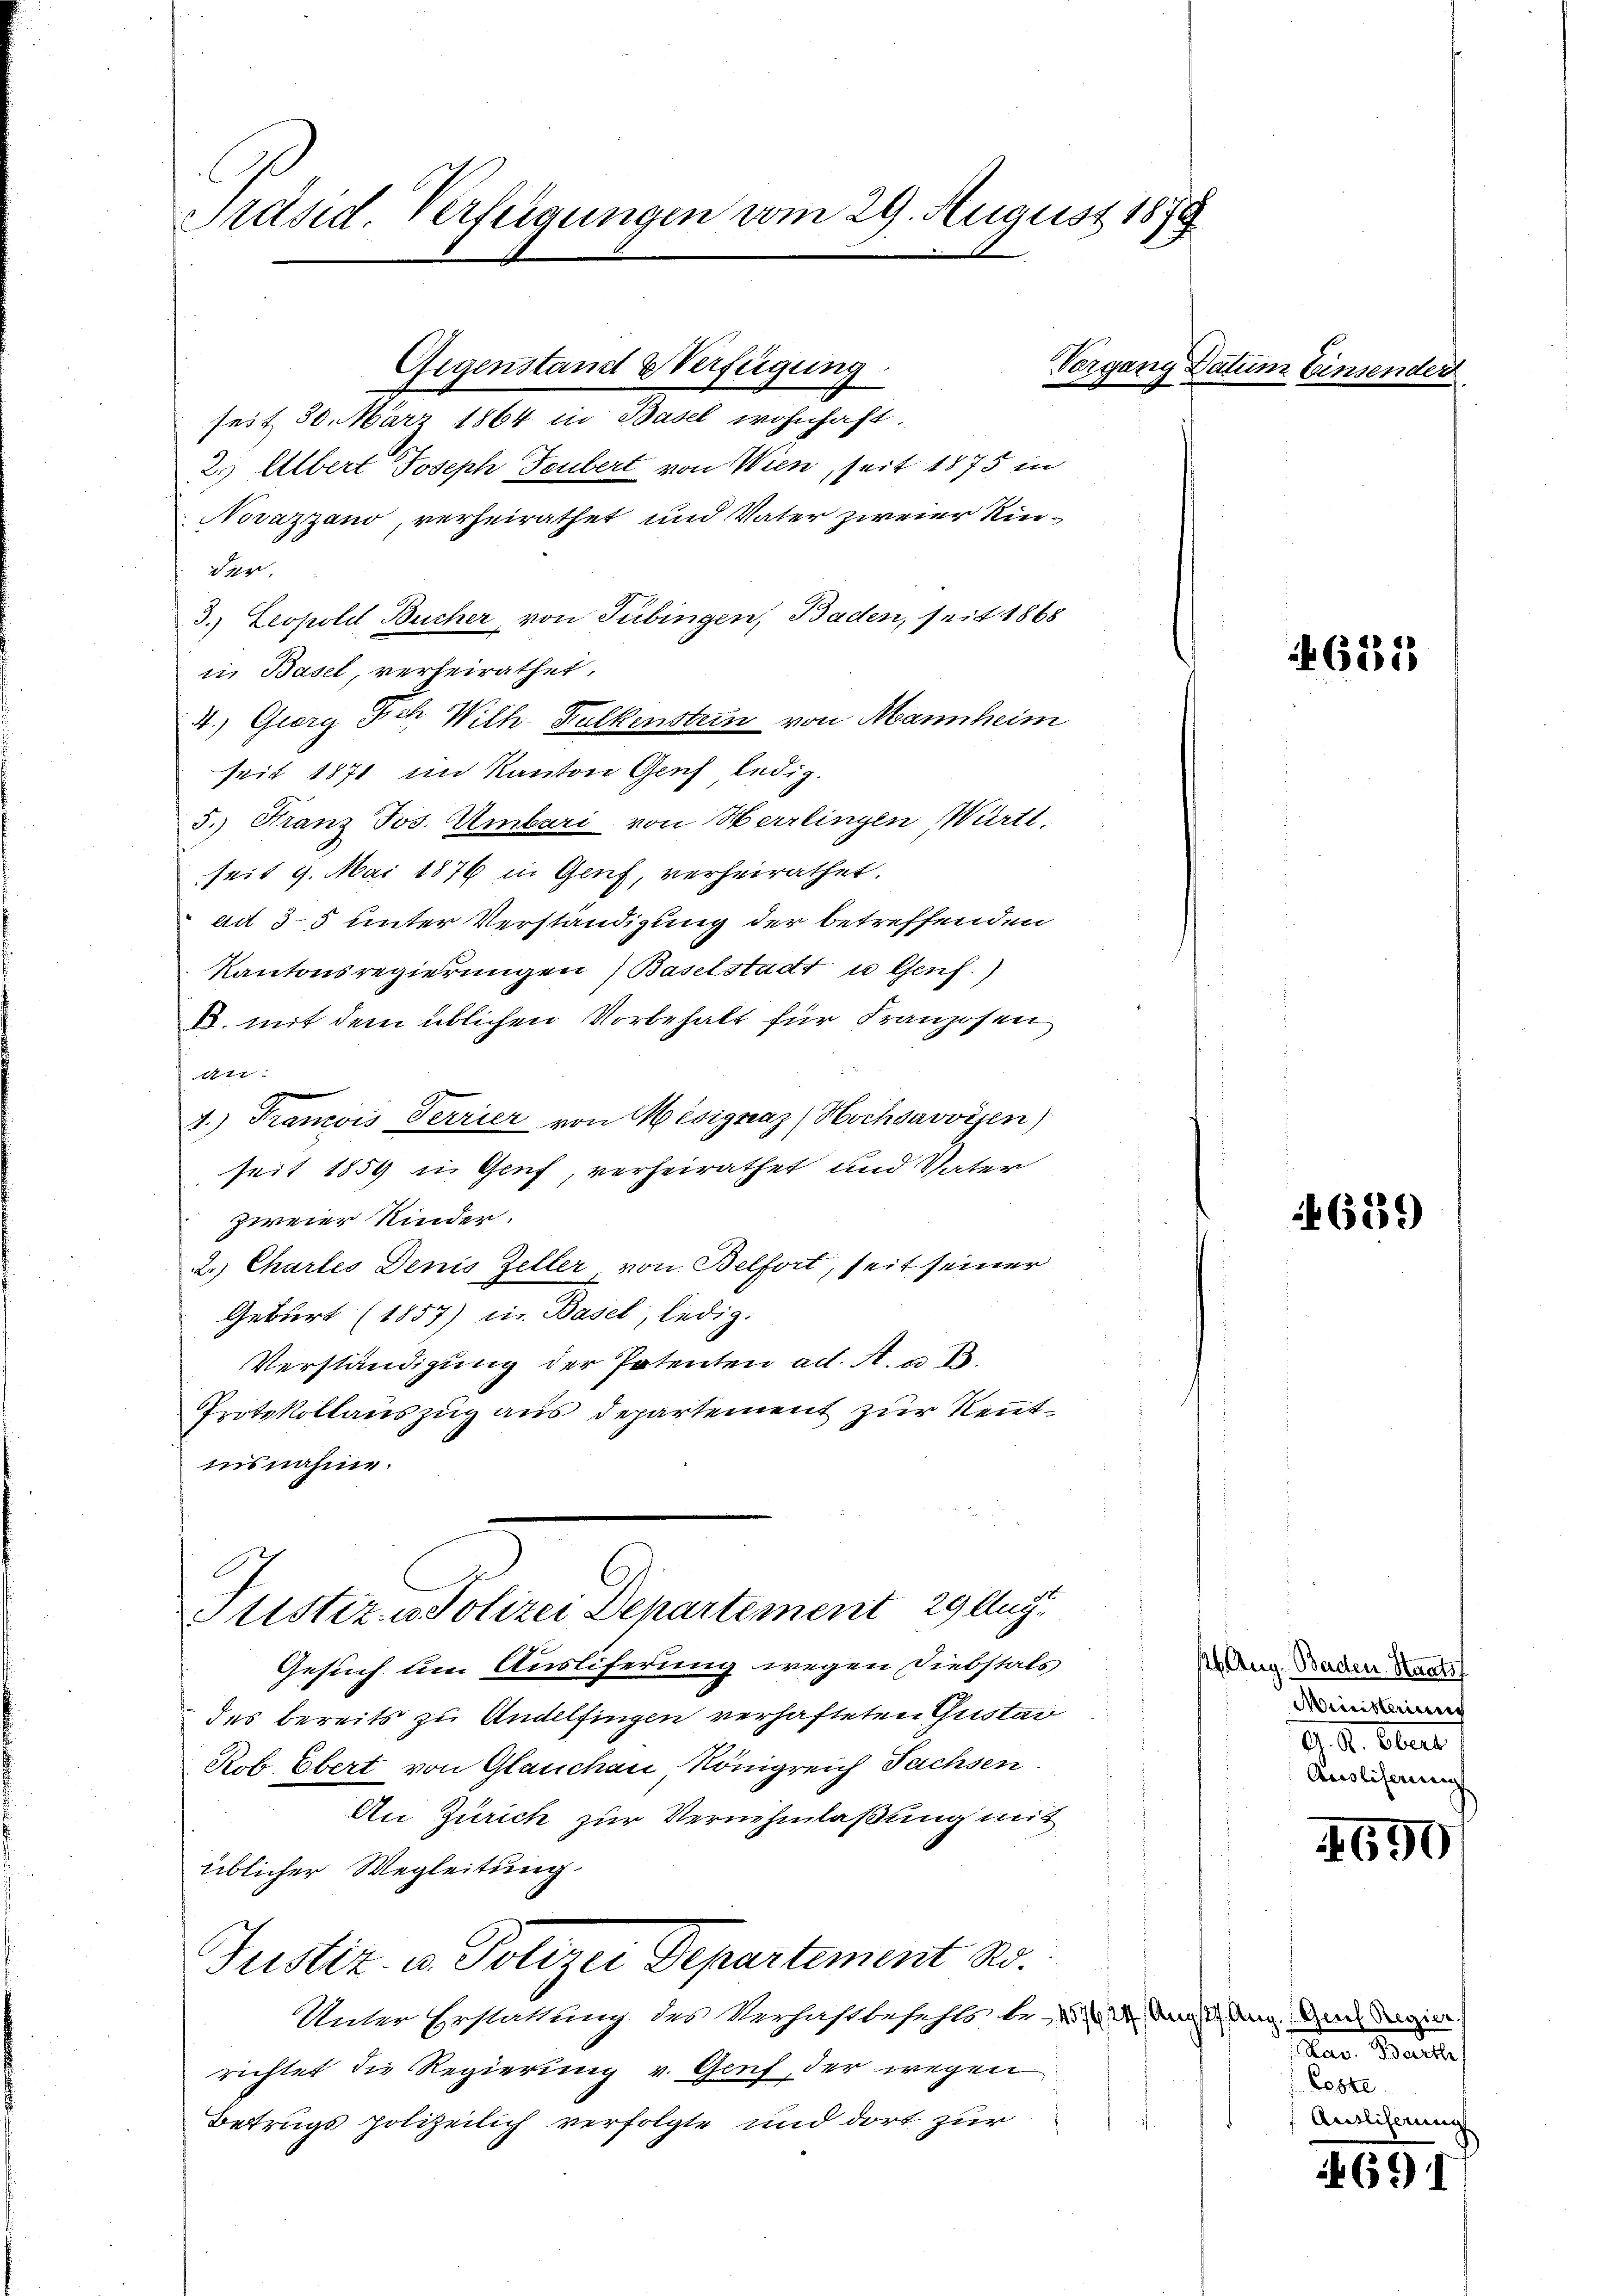
Präsid. Verfügungen vom 29. August 1878

seit 30. März 1864 in Basel wohnhaft.
2. Albert Joseph Feubert von Wien, seit 1875 in
Novazzano, verheirathet und Vater zweier Kinder,
3. Leopoldl Bucher, von Tübingen, Baden, seit 1868
in Basel, verheirathet.
4.) Georg Fch Wilh. Kalkenstein von Mannheim
seit 1871 im Kanton Genf ledig
5.) Franz Jos. Umbari von Herrlingen Württ.
seit 9. Mai 1876 in Genf, verheirathet.
ad 35 unter Verständigung der betreffenden
Kantonsregierungen (Baselstadt u Genf.)
B. mit dem üblichen Vorbehalt für Franzosen
A
4.) Francois Terrier von Mesignaz Hochsavoyen)
seit 1859 in Genf, verheirathet und Vater
zweier Kinder.
2. Chartes Denis Zeller, von Belfort, seit seiner
Geburt (1857) in Basel, ledig:
Verständigung der Patenten ad. A. u. B.
Protokollauszug aus departement zur Kenntnisnahme.

Gegenstand & Verfügung

Justiz- & Polizei Departement 29 Aug.

Gesuch um Ausliferung wegen Diebstals
des bereits zu Andelfingen verhafteten Gustar
Rob Ebert von Glauchen Königreich Sachsen
An Zürich zur Vernehmlaßung mit
üblicher Wegleitung.
Justiz- u. Polizei Departement No.
Unter Erstattung des Merhaftbefehls be- N. 24 Augen Aug. An dagin
richtet die Regierung v. Genf, der wegen
Betrugs polizeilich verfolgte und dort zur

Vorgang Datum Einsender

632

6239)

16 Aug. Baden. Staatsf
Miinisterieren
G. d. Ober
Ausliferien

1690

Ran Baute
Leste
Ausliserungs

691